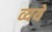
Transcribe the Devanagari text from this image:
व्यये